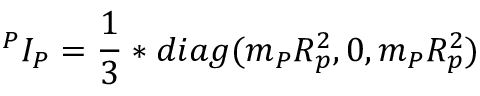
{ ^ P } I _ { P } = { \frac { 1 } { 3 } } * d i a g ( m _ { P } R _ { p } ^ { 2 } , 0 , m _ { P } R _ { p } ^ { 2 } )